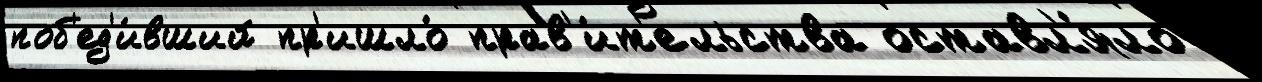
поб'ед'и́вший пр'ишло́ прав'и́т'ельства оставл'я́ло